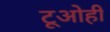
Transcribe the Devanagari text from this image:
टूओही